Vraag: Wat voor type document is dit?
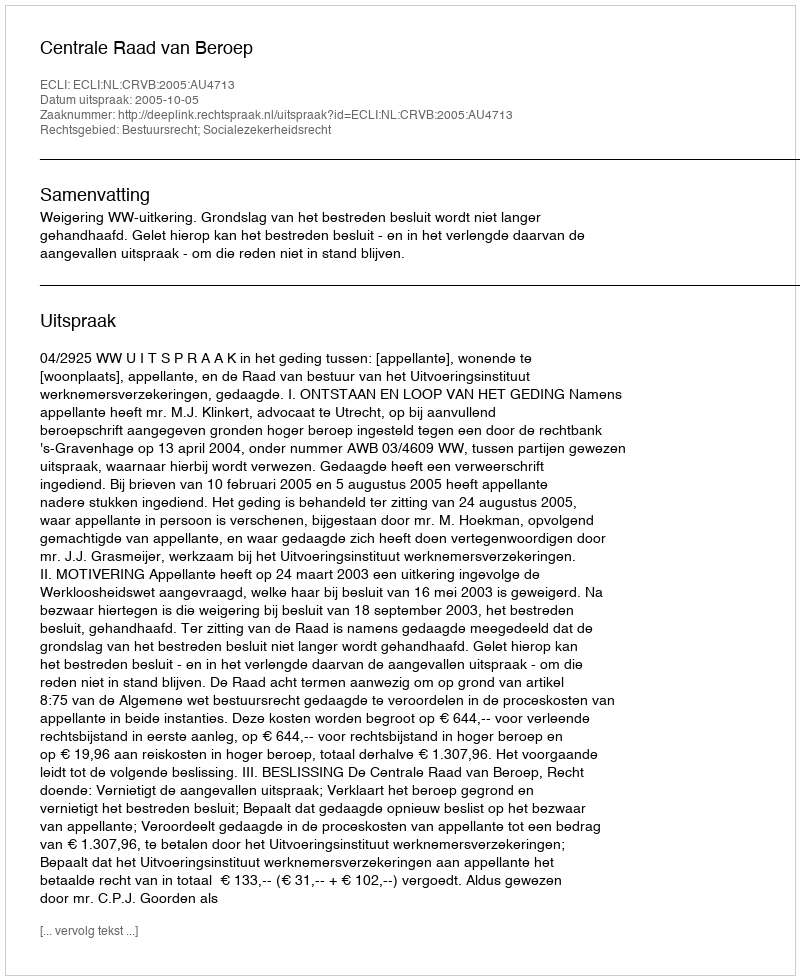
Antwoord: Uitspraak